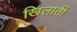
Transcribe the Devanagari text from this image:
खिलातीं